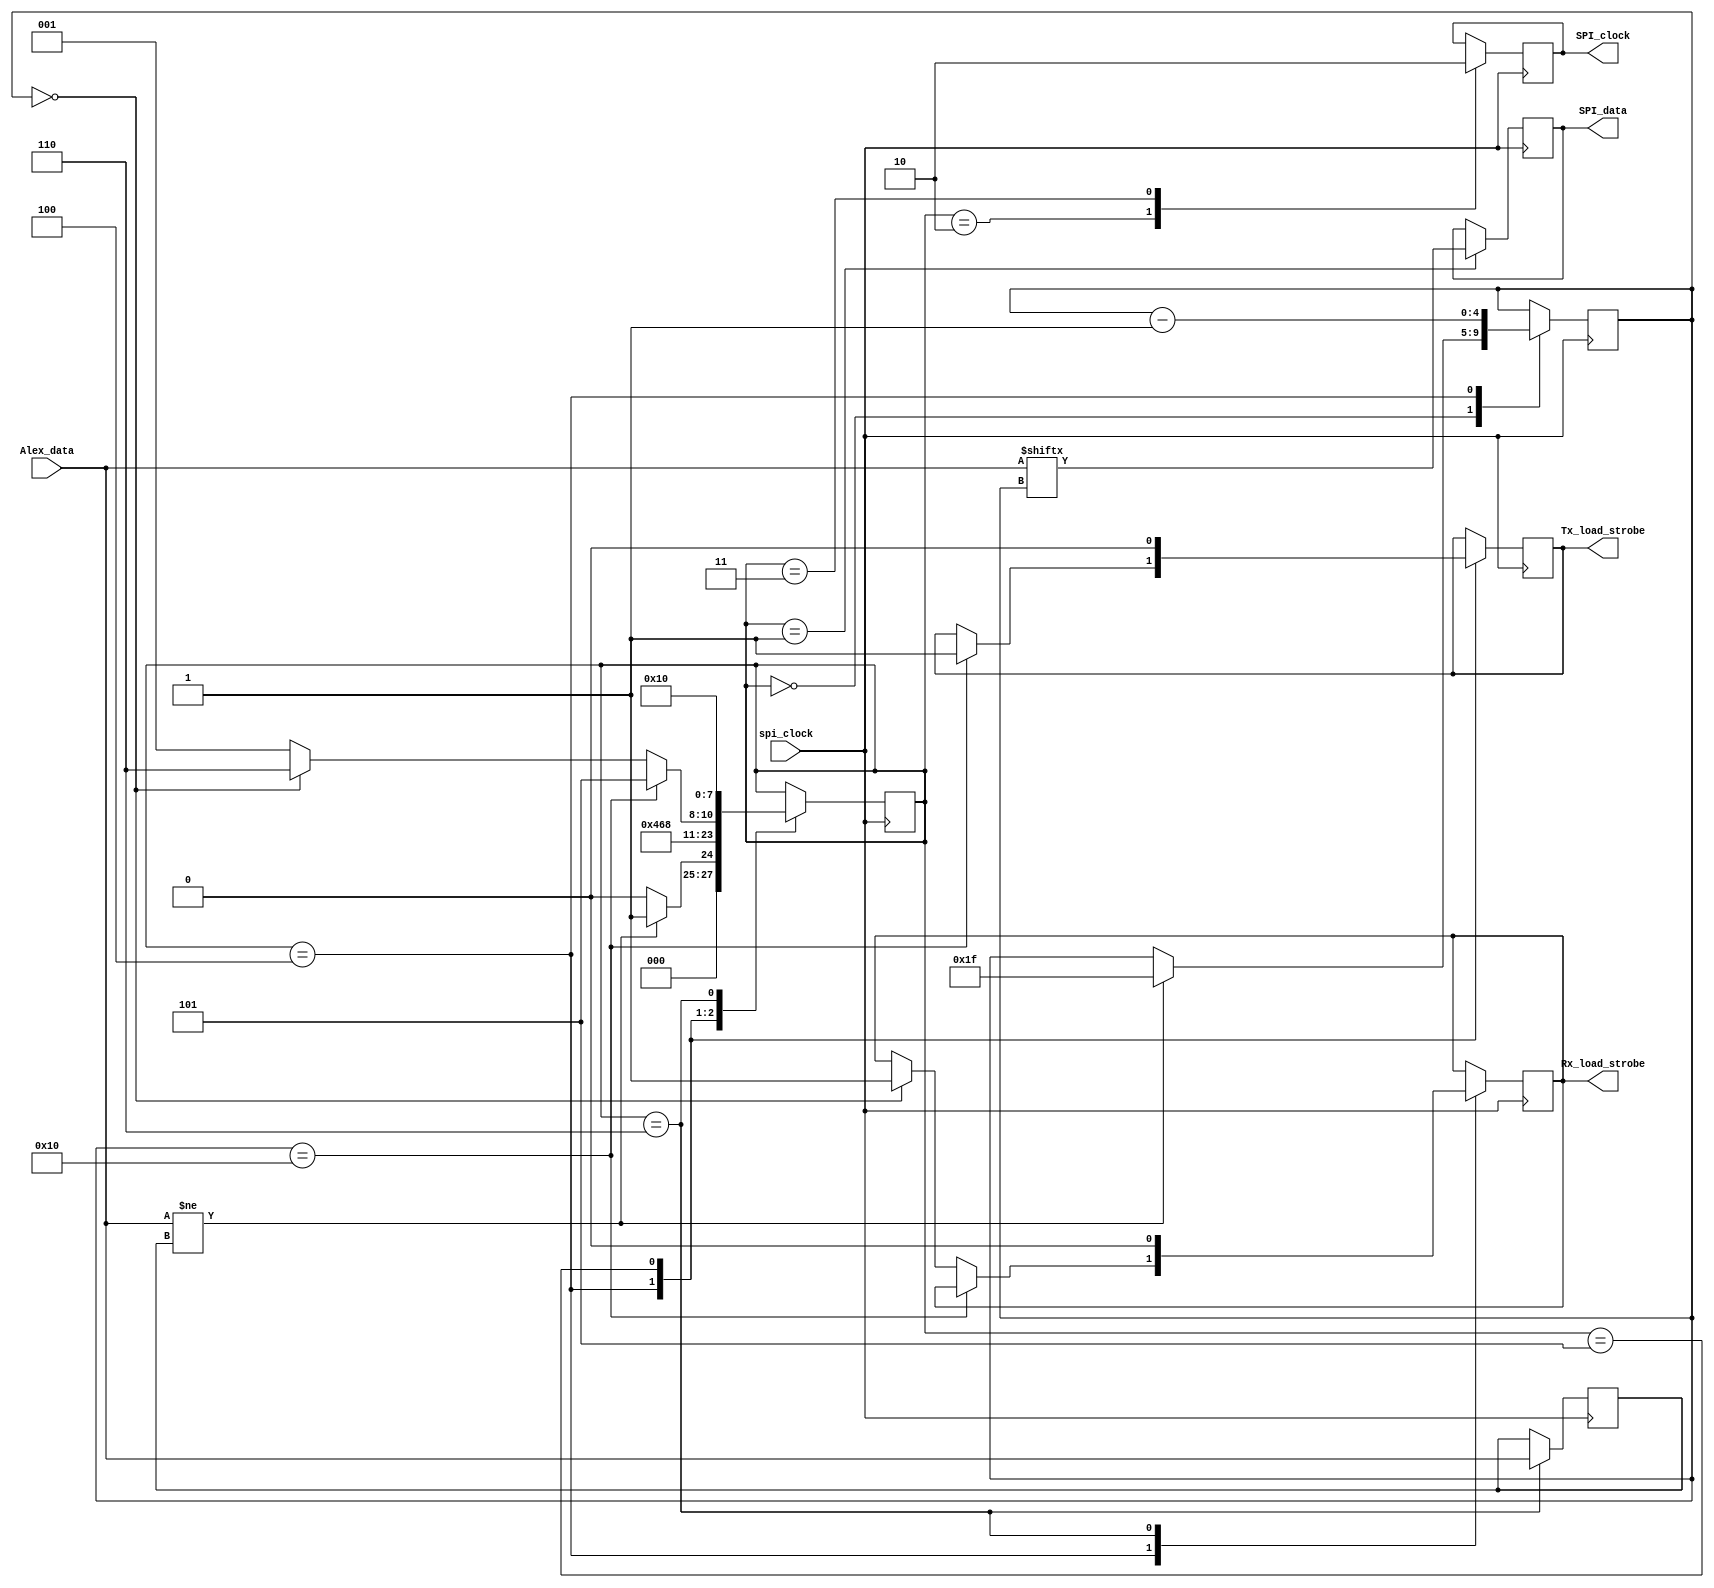
// V1.0 25th October 2007
//
// Copyright 2006,2007 Phil Harman VK6APH
//
//  HPSDR - High Performance Software Defined Radio
//
//  Alex SPI interface.
//
//
//  This program is free software; you can redistribute it and/or modify
//  it under the terms of the GNU General Public License as published by
//  the Free Software Foundation; either version 2 of the License, or
//  (at your option) any later version.
//
//  This program is distributed in the hope that it will be useful,
//  but WITHOUT ANY WARRANTY; without even the implied warranty of
//  MERCHANTABILITY or FITNESS FOR A PARTICULAR PURPOSE.  See the
//  GNU General Public License for more details.
//
//  You should have received a copy of the GNU General Public License
//  along with this program; if not, write to the Free Software
//  Foundation, Inc., 59 Temple Place, Suite 330, Boston, MA  02111-1307  USA


//////////////////////////////////////////////////////////////
//
//		Alex SPI interface
//
//////////////////////////////////////////////////////////////

/*
	data to send to Alex Tx filters is in the following format:

	Bit 15 - NC				U2 - D0
	Bit 14 - NC				U2 - D1
	Bit 13 - NC				U2 - D2
	Bit 12 - Yellow Led		U2 - D3
	Bit 11 - 30/20m			U2 - D4
	Bit 10 - 60/40m			U2 - D5
	Bit  9 - 80m			U2 - D6
	Bit  8 - 160m			U2 - D7

	Bit  7 - Ant #1			U4 - D0
	Bit  6 - Ant #2			U4 - D1
	Bit  5 - Ant #3			U4 - D2
	Bit  4 - T/R relay		U4 - D3
	Bit  3 - Red Led		U4 - D4
	Bit  2 - 6m				U4 - D5
	Bit  1 - 12/10m			U4 - D6
	Bit  0 - 17/15m			U4 - D7

	Relay selection data is contained in [6:0]LPF
	
	data to send to Alex Rx filters is in the folowing format:
	

	Bit 15 - RED LED 		U28 - QA
	Bit 14 - 1.5 MHz HPF 	U28 - QB
	Bit 13 - 6.5 MHz HPF 	U28 - QC
	Bit 12 - 9.5 MHz HPF 	U28 - QD
	Bit 11 - 6M Preamp 		U28 - QE
	Bit 10 - 13 MHz HPF 	U28 - QF
	Bit 09 - 20 MHz HPF 	U28 - QG
	Bit 08 - Bypass 		U28 - QH
	Bit 07 - 10 dB Atten. 	U30 - QA
	Bit 06 - 20 dB Atten. 	U30 - QB
	Bit 05 - Transverter RX U30 - QC
	Bit 04 - RX 2 In 		U30 - QD
	Bit 03 - RX 1 In 		U30 - QE
	Bit 02 - RX 1 OUT 		U30 - QF Low = Default Receive Path
	Bit 01 - N.C.			U30 - QG
	Bit 00 - YELLOW LED 	U30 - QH
	
	Relay selection data is contained in [5:0]HPF
	All outputs are active high

	SPI data is sent to Alex whenever any of the above data changes

*/

module SPI(Alex_data, SPI_data, SPI_clock, Rx_load_strobe, Tx_load_strobe, spi_clock);

input wire[31:0]Alex_data;
output reg SPI_data;
output reg SPI_clock;
output reg Rx_load_strobe;
output reg Tx_load_strobe;
input wire spi_clock;

reg [3:0]spi_state;
reg [4:0]data_count;
reg [31:0]previous_Alex_data;	// used to detect change in data 


always @ (posedge spi_clock)
begin
case (spi_state)
0:	begin
		if (Alex_data != previous_Alex_data)begin
			data_count <= 31;			// set starting bit count to 31
			spi_state <= 1;
		end
		else spi_state <= 0; 			// wait for Alex data to change
	end		
1:	begin
	SPI_data <= Alex_data[data_count];	// set up data to send
	spi_state <= 2;
	end
2:	begin
	SPI_clock <= 1'b1;					// set clock high
	spi_state <= 3;
	end
3:	begin
	SPI_clock <= 1'b0;					// set clock low
	spi_state <= 4;
	end
4:	begin
		if (data_count == 16)begin		// transfer complete
			Tx_load_strobe <= 1'b1; 	// strobe Tx data
			spi_state <= 5;
		end
		else if(data_count == 0) begin
			Rx_load_strobe <= 1'b1;
			spi_state <= 6;
		end 
		else spi_state  <= 1;  			// go round again
	data_count <= data_count - 1'b1;
	end
5:	begin
	Tx_load_strobe <= 1'b0;				// reset Tx strobe
	spi_state <= 1;						// now do Rx data
	end
6:	begin
	Rx_load_strobe <= 1'b0;				// reset Rx strobe
	previous_Alex_data <= Alex_data; 	// save current data 
	spi_state <= 0;						// reset for next run
	end
	
endcase
end

endmodule